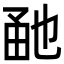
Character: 𤱡